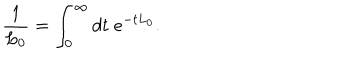
\frac { 1 } { L _ { 0 } } = \int _ { 0 } ^ { \infty } d t \; e ^ { - t L _ { 0 } } .